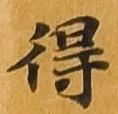
得